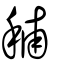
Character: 秿